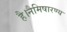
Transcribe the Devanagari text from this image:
है।नैमिषारण्य